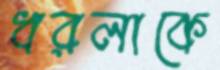
ধরলাকে